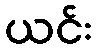
ယင်း